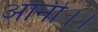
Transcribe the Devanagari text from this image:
आनी।।